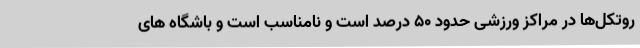
روتکل‌ها در مراکز ورزشی حدود ۵۰ درصد است و نامناسب است و باشگاه های